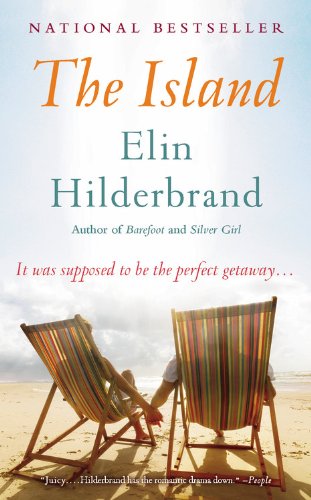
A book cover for The Island: A Novel; Elin Hilderbrand; Literature & Fiction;